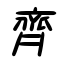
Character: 齊